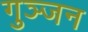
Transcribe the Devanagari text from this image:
गुञ्जन